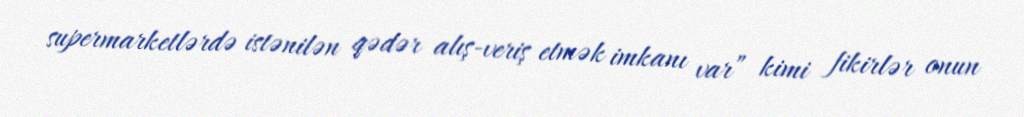
supermarketlərdə istənilən qədər alış-veriş etmək imkanı var” kimi fikirlər onun